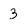
Character: 3